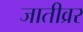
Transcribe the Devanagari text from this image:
जातीव्रर